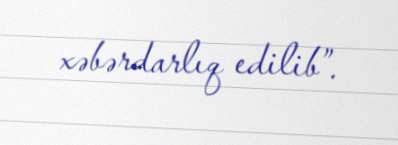
xəbərdarlıq edilib”.